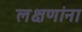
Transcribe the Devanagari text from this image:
लक्षणांना